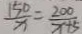
\frac { 1 5 0 } { x } = \frac { 2 0 0 } { x + 5 }